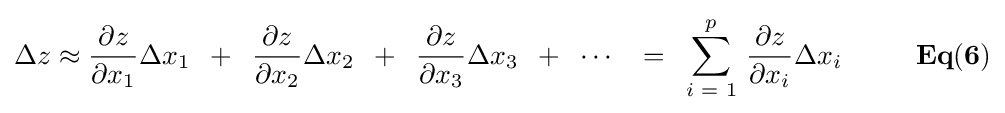
\Delta z\approx {{\partial z} \over {\partial x_{1}}}\Delta x_{1}\,\,\,+\,\,\,{{\partial z} \over {\partial x_{2}}}\Delta x_{2}\,\,\,+\,\,\,{{\partial z} \over {\partial x_{3}}}\Delta x_{3}\,\,\,+\,\,\,\cdots \,\,\,\,\,=\,\,\,\sum \limits _{i\,\,=\,\,1}^{p}{\,{{\partial z} \over {\partial x_{i}}}\Delta x_{i}}{\mathbf {\,\,\,\,\,\,\,\,\,\,\,\,\,\,\,\,Eq(6)} }